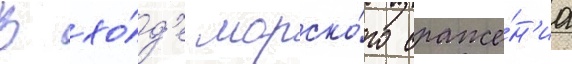
В хо́д'е морско́го сраже́н'иа